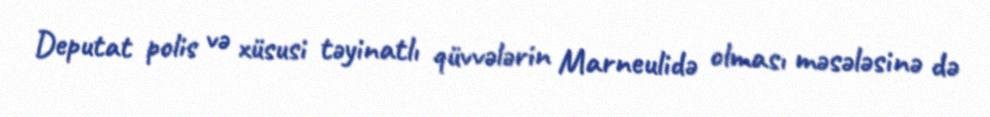
Deputat polis və xüsusi təyinatlı qüvvələrin Marneulidə olması məsələsinə də